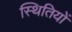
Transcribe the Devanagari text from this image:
स्‍थितियों